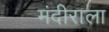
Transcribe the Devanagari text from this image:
मंदीराला